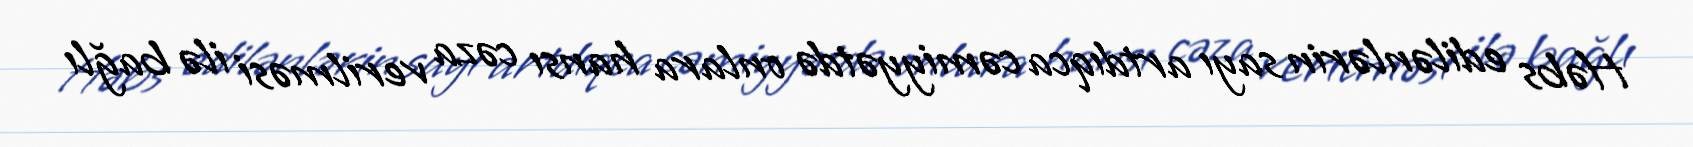
Həbs edilənlərin sayı artdıqca cəmiyyətdə onlara hansı cəza verilməsi ilə bağlı